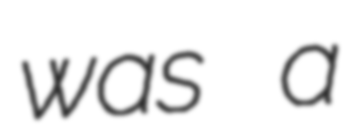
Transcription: was a